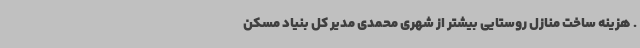
. هزینه ساخت منازل روستایی بیشتر از شهری محمدی مدیر کل بنیاد مسکن